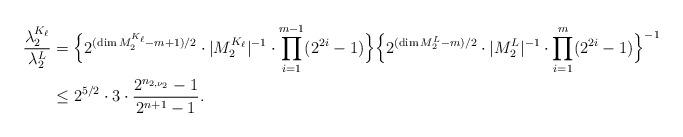
LaTeX: \begin{align*} \frac{\lambda_2^{K_{\ell}}}{\lambda_2^L}&=\Bigl\{2^{(\dim M_2^{K_{\ell}}-m+1)/2}\cdot|M_2^{K_{\ell}}|^{-1}\cdot\prod_{i=1}^{m-1}(2^{2i}-1)\Bigr\}\Bigl\{2^{(\dim M_2^L-m)/2}\cdot|M_2^L|^{-1}\cdot\prod_{i=1}^{m}(2^{2i}-1)\Bigr\}^{-1}\\ &\leq 2^{5/2}\cdot 3\cdot\frac{2^{n_{2,\nu_2}}-1}{2^{n+1}-1}.\end{align*}